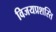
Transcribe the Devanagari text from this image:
विजयप्रशस्ति